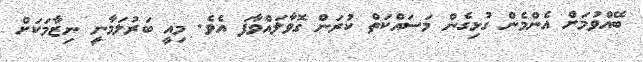
ބޭއްވުމަށް އެންމެން ގުޅިގެން މަސައްކަތް ކުރަން ގޮވާލައްވާފަ އެވެ. މިއީ ބަރުލަމާނީ ނިޒާމަކަށް